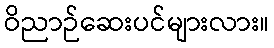
ဝိညာဉ်ဆေးပင်များလား။